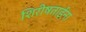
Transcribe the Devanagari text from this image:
शिरीषताईंना